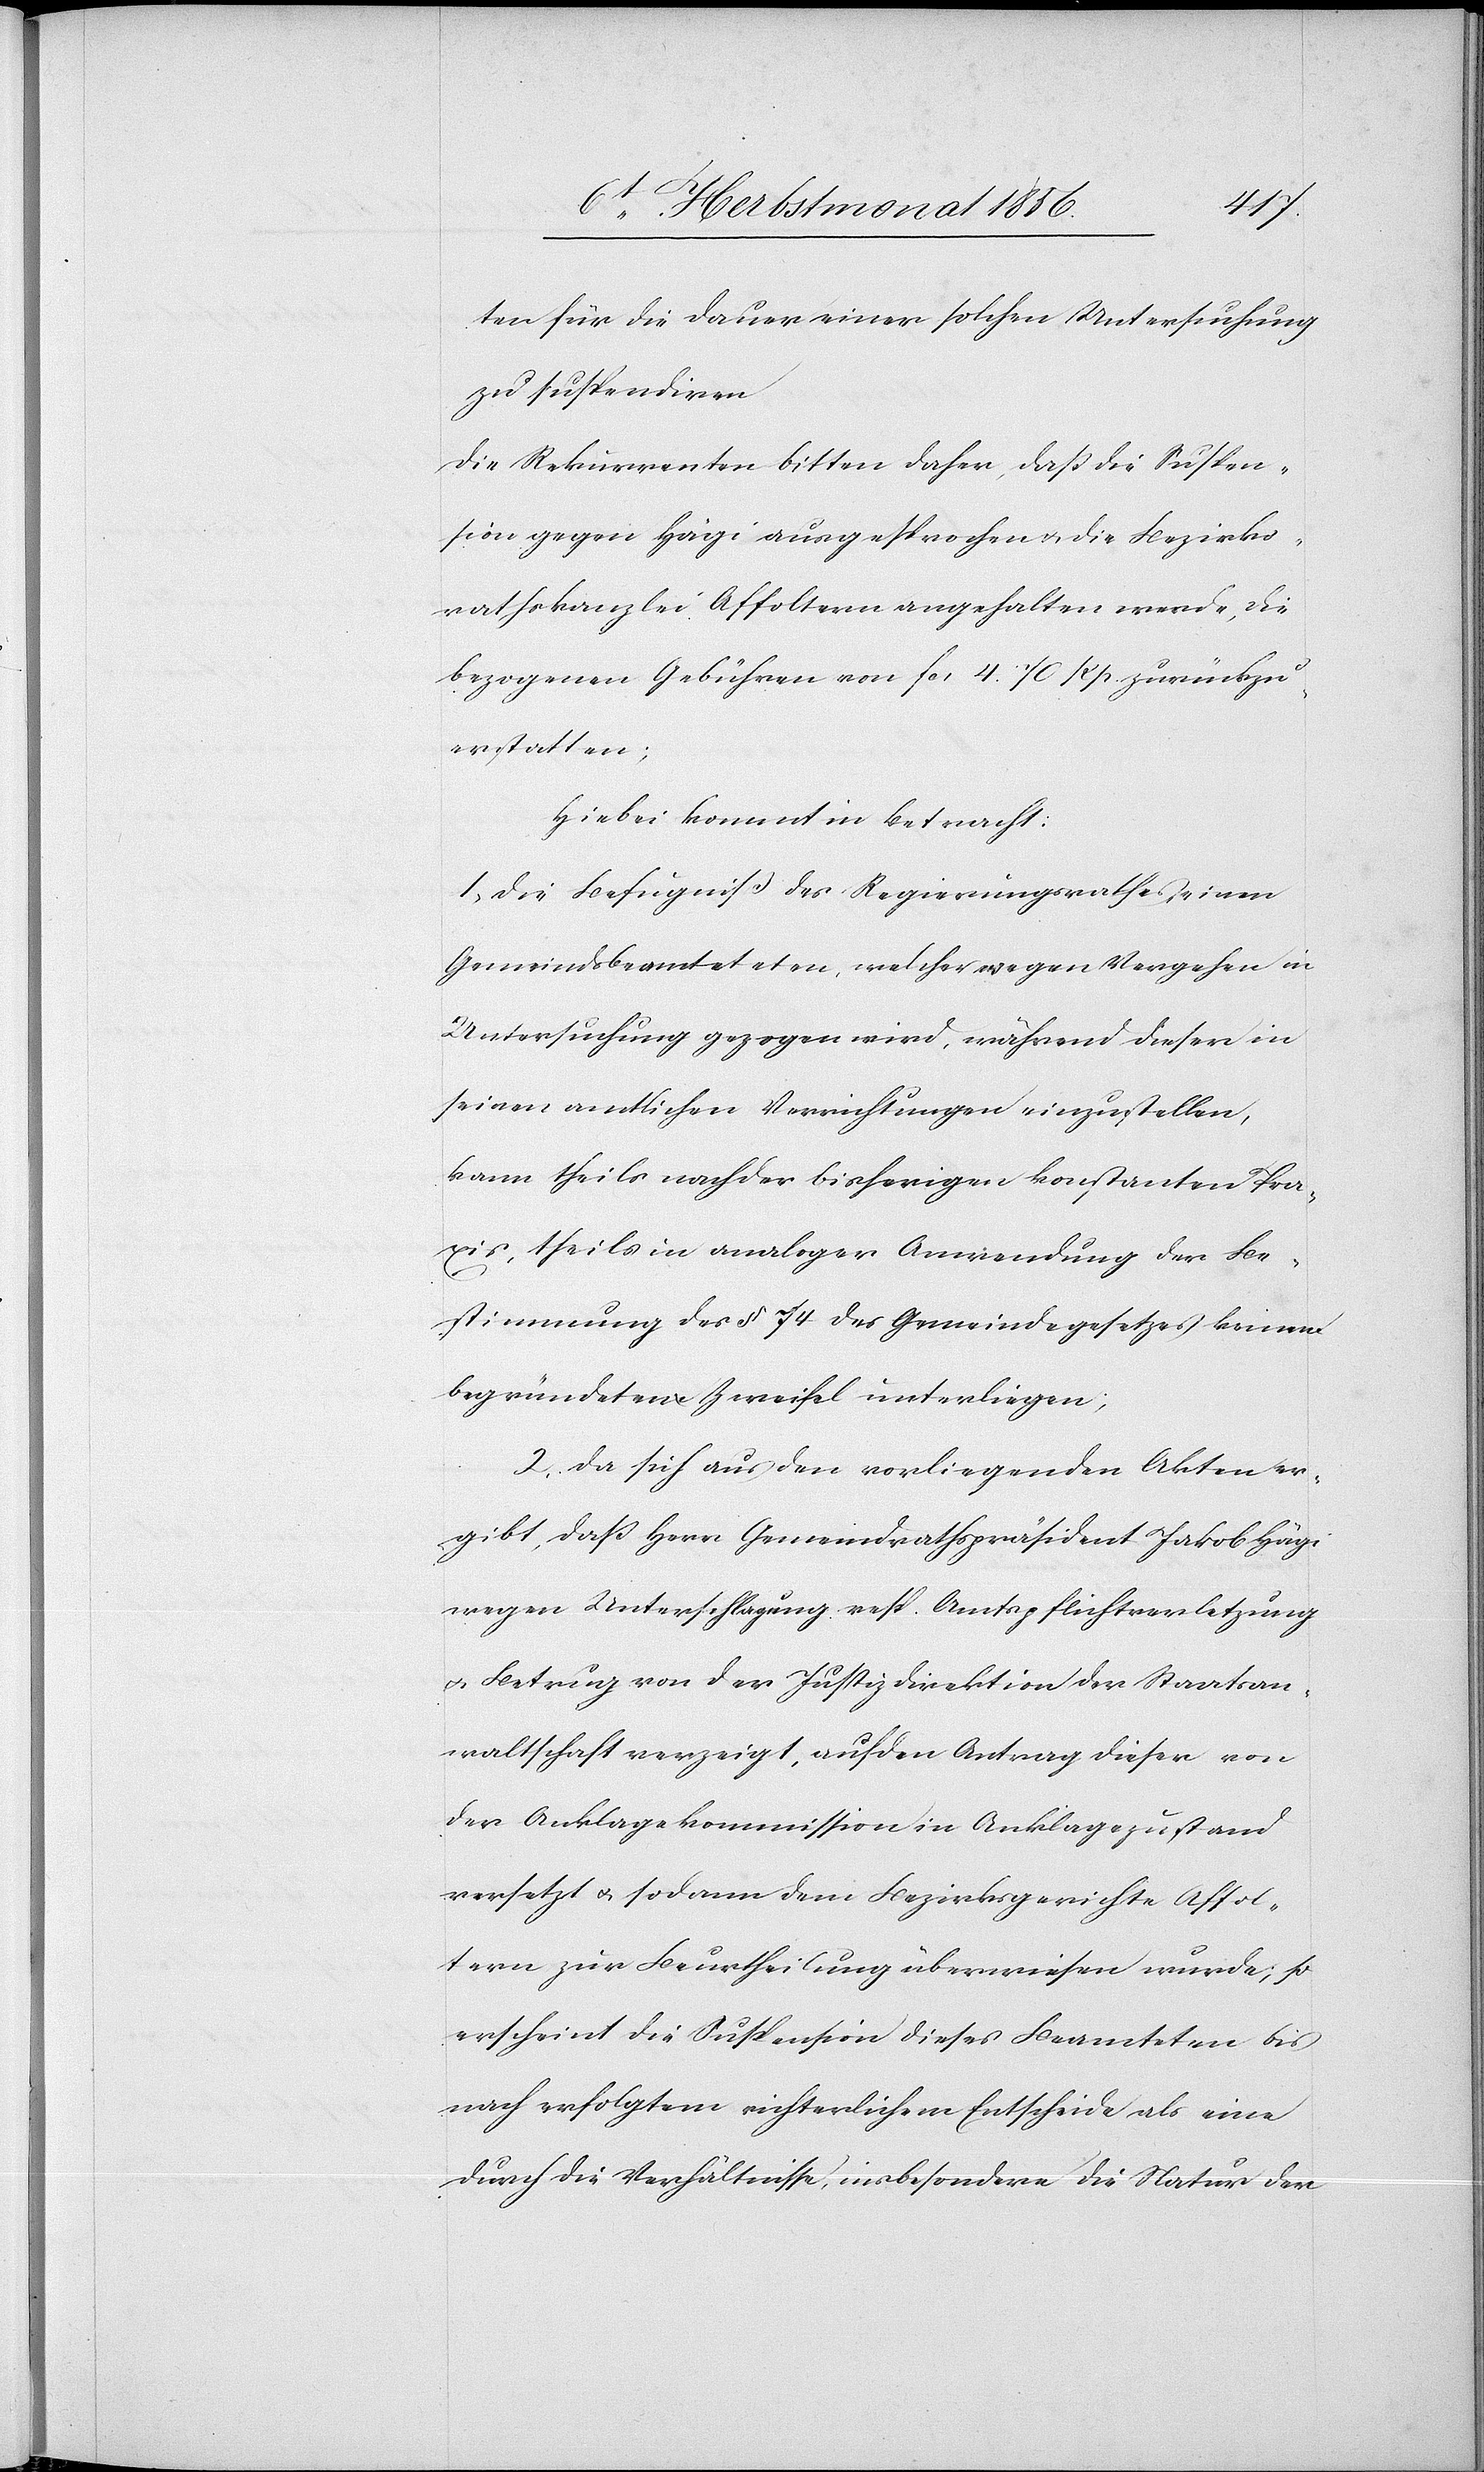
ten für die Dauer einer solchen Untersuchung
zu suspendiren
Die Rekurrenten bitten daher, dass die Suspen¬
sion gegen Hägi ausgesprochen u. die Bezirks¬
rathskanzlei Affoltern angehalten werde, die
bezogenen Gebühren von fcs 4. 70 Rp. zurückzu¬
erstatten;
Hiebei kommt in Betracht:
1) Die Befugniß des Regierungsrathes einen
Gemeindsbeamteteten [sic!], welcher wegen Vergehen in
Untersuchung gezogen wird, während dieser in
seinen amtlichen Verrichtungen einzustellen,
kann theils nach der bisherigen konstanten Pra¬
xis, theils in analoger Anwendung der Be¬
stimmung des § 74 des Gemeindegesetzes keinem
begründeten Zweifel unterliegen;
2) Da sich aus den vorliegenden Akten er¬
gibt, dass Herr Gemeindrathspräsident Jakob Hägi
wegen Unterschlagung resp. Amtspflichtverletzung
u. Betrug von der Justizdirektion der Staatsan¬
waltschaft verzeigt, auf den Antrag dieser von
der Anklagekommission in Anklagezustand
versetzt u. sodann dem Bezirksgerichte Affol¬
tern zur Beurtheilung überwiesen wurde; so
erscheint die Suspension dieses Beamteten bis
nach erfolgtem richterlichem Entscheide als eine
durch die Verhältnisse, insbesondere die Natur der